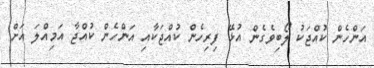
އަންހެން ކުއްޖަކު ލޯބިވެގެން އުޅޭ ފިރިހެން ކުއްޖަކާއި އަންހެން ކުއްޖާ އަމިއްލަ އަށް